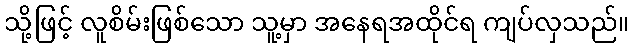
သို့ဖြင့် လူစိမ်းဖြစ်သော သူ့မှာ အနေရအထိုင်ရ ကျပ်လှသည်။